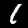
Label: 1